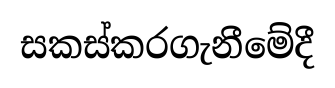
සකස්කරගැනීමේදී